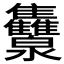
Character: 𭳾